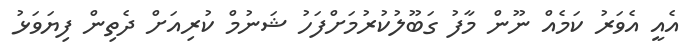
އެއީ އެވަރު ކަމެއް ނޫން މާފު ގަބޫލުކުރުމަށްފަހު ޝަނުމް ކުރިއަށް ދެތިން ފިޔަވަޅު